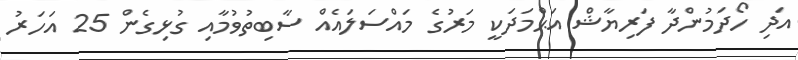
އަދި ހޯދަމުންދާ ފަރިޔާޝް އަޙްމަދަކީ މަރުގެ މައްސަލައެއް ސާބިތުވުމާއި ގުޅިގެން 25 އަހަރު